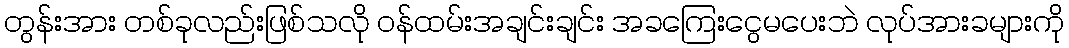
တွန်းအား တစ်ခုလည်းဖြစ်သလို ဝန်ထမ်းအချင်းချင်း အခကြေးငွေမပေးဘဲ လုပ်အားခများကို